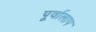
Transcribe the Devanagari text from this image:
पूर्वालाप